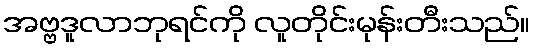
အဗ္ဗဒူလာဘုရင်ကို လူတိုင်းမုန်းတီးသည်။